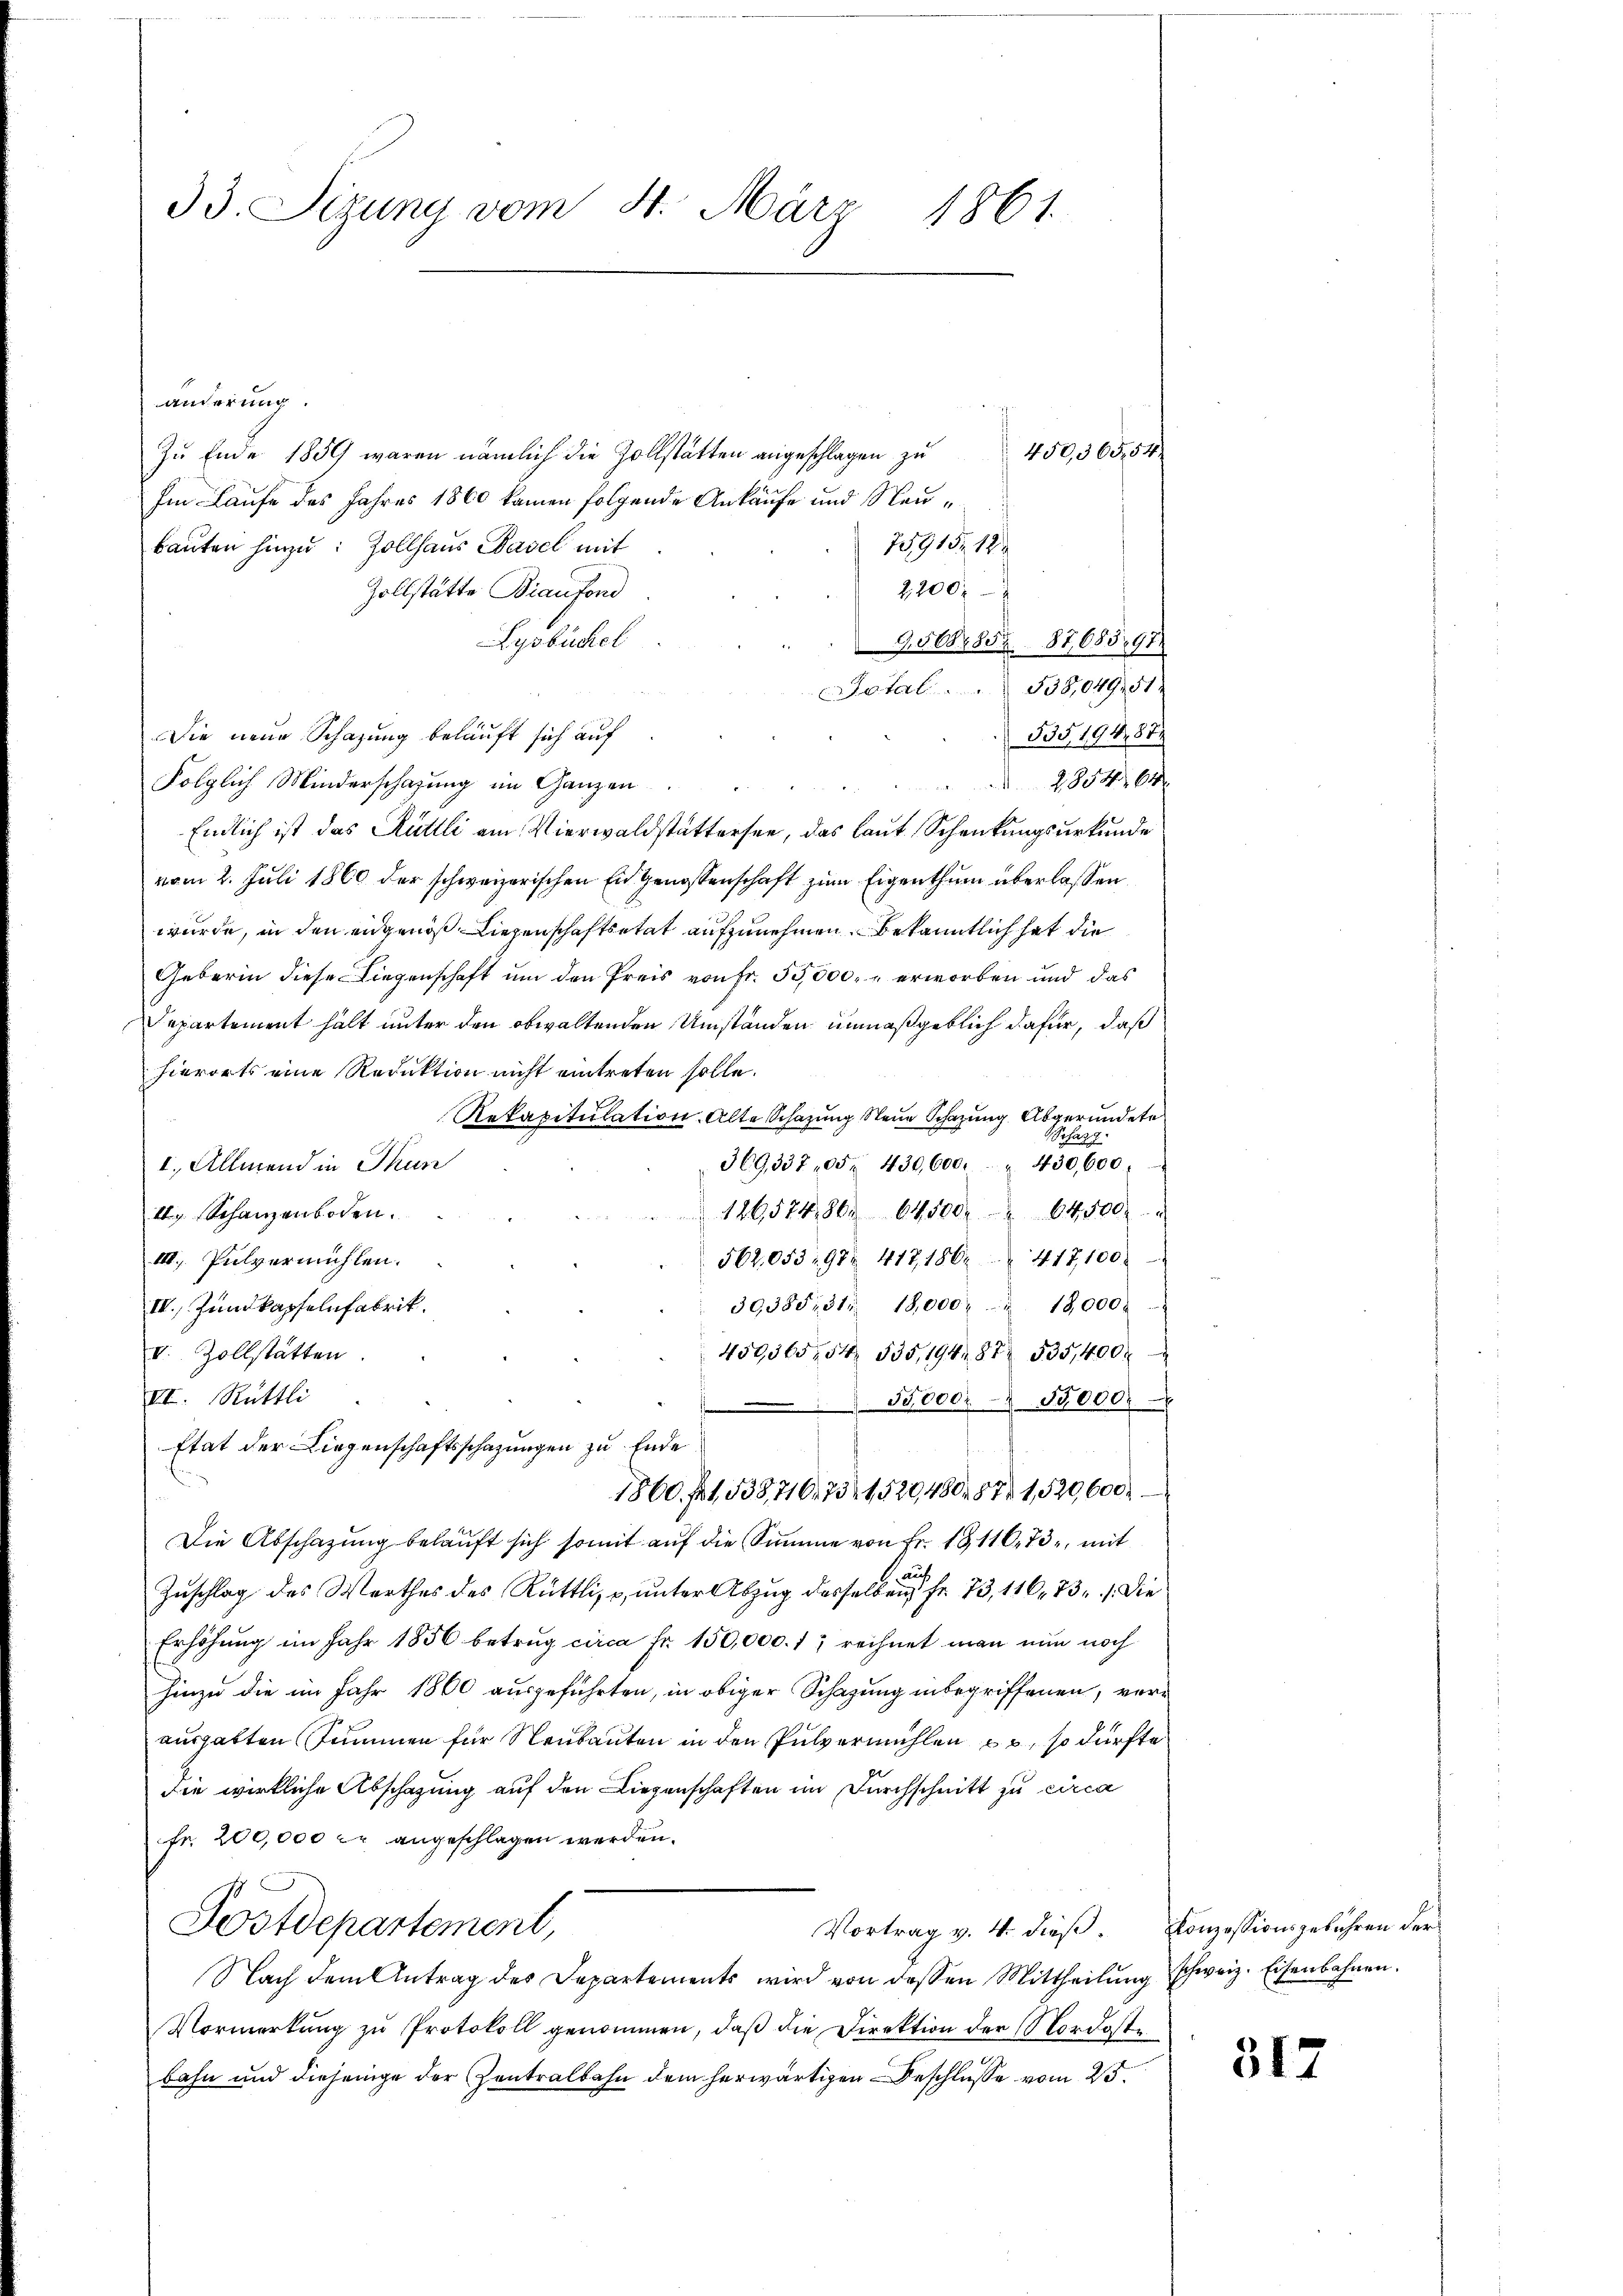
33. Sizung vom 31. März 1861

änderung.
Zu Ende 1859 waren nämlich die Zollstätten angeschlagen zu
Im Laufe des Jahres 1860 kamen folgende Ankäufe und Neu¬
2915, 149
bauten hinzu: Zollhaus Basel mit
2,200
Zollstätte Biaufond
Lyobüchel
9508,852 87,685. 97.
etal. 538,049,51.
53519487
Die neue Schazung beläuft sich auf
Folglich Minderschafung im Ganzen
2854. 64
Endlich ist das Rütlli am Vierwaldstättersee, das laut Schenkungsurkunde
vom 2. Juli 1860 der schweizerischen Eidgenossenschaft zum Eigenthum überlassen.
wurde, in den engenoß Liegenschaftsetat aufzunehmen. Bekanntlich hat die
Geberin diese Liegenschaft um den Preis von Fr. 55,000. erworben und das
Departement halt unter den obwaltenden Umständen unmaßgeblich dafür, daß
hierorts eine Reduktion nicht eintreten solle.
Rekapitulation. Alte Schazung Neue Schazung abgerundete
Pefang
450,600,
369,33705. 430, 600.
I. Allmend in Thun
126574,80. 61500. 64500 "
IIg. Schanzenboden.
III. Pulvermühlen.
562,053. 98. 417, 186. 417,100
39385, 31 18,000    18,000
IV. Zundkapfelnfabrik.
V. Zollstätten
450,565254 535,19487 535,400
VI. Rüttli
55000, 15000.
Etat der Liegenschaftsschazungen zu Ende
1860. 11,538,716, 73. 1520,480. 87. 1529,600
Die Abschazung belaŭft sich somit auf die Summe von Fr. 18116. 73, mit
Mag
Zuschlag des Werthes des Rüttlis, unter Abzug desselben Fr. 73, 116. 731. Die
Erhöhung im Jahr 1856 betrug circa Fr. 150,000. 1; rechnet man nun noch
hinzu die im Jahr 1860 ausgeführten, in obiger Schazung inbegriffenen, verausgabten Summen für Neubauten in den Pulvermühlen , so dürfte
die wirkliche Abschazung auf den Liegenschaften im Durchschnitt zu circa
fr. 200,000 c. angeschlagen werden.
Postdepartement,
Vortrag v. 4. dieß. Konzessionsgebühren der
Nach dem Antrag des Departements wird von dessen Mittheilung schweiz. Eisenbahnen.
Vormerkung zu Protokoll genommen, daß die Direktion der Nordoste
C
bahn und diejenige der Zentralbahn dem herwärtigen Beschlüsse vom 25.

450504,04

317